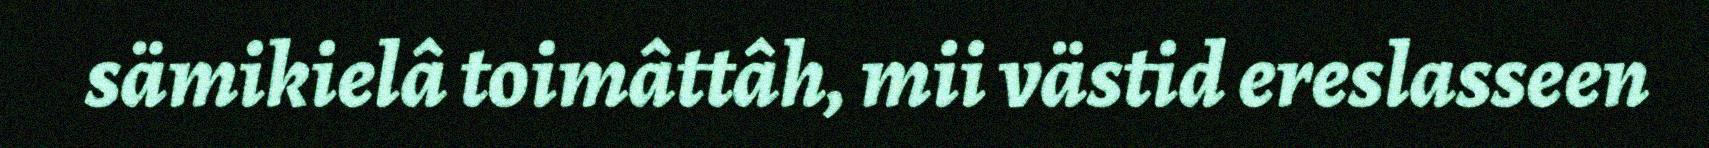
sämikielâ toimâttâh, mii västid ereslasseen